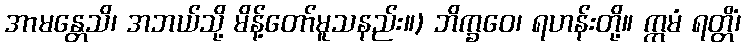
အာမန္တေသိ၊ အဘယ်သို့ မိန့်တော်မူသနည်း။) ဘိက္ခဝေ၊ ရဟန်းတို့။ ဣမံ ရတ္တိံ၊